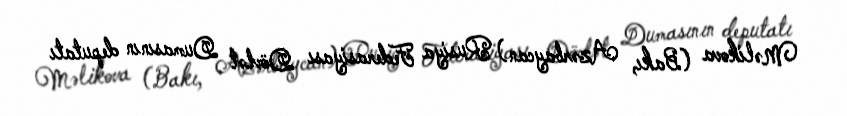
Məlikova (Bakı, Azərbaycan) Rusiya Federasiyası Dövlət Dumasının deputatı